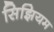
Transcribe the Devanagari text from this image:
सिझियम